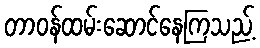
တာဝန်ထမ်းဆောင်နေကြသည့်